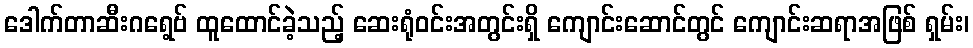
ဒေါက်တာဆီးဂရေ့ဗ် ထူထောင်ခဲ့သည့် ဆေးရုံဝင်းအတွင်းရှိ ကျောင်းဆောင်တွင် ကျောင်းဆရာအဖြစ် ရှမ်း၊